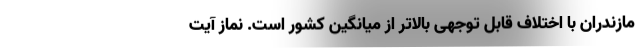
مازندران با اختلاف قابل توجهی بالاتر از میانگین کشور است. نماز آیت